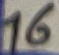
Text: 16